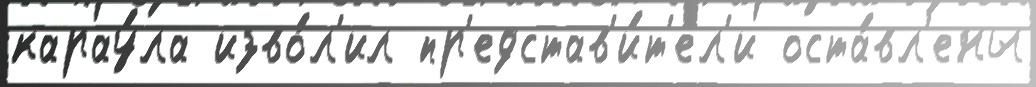
карау́ла изво́л'ил пр'едстав'и́т'ел'и оста́вл'ены